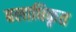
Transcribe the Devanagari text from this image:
बलाधिकृत